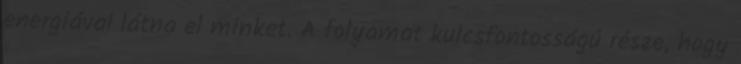
energiával látna el minket. A folyamat kulcsfontosságú része, hogy